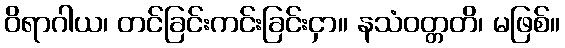
ဝိရာဂါယ၊ တင်ခြင်းကင်းခြင်းငှာ။ နသံဝတ္တတိ၊ မဖြစ်။